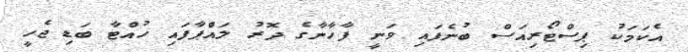
އެކަމަކު ޕިސްޓޯރިއަސް ބުނެފައި ވަނީ ފާހާނާގެ ދޮރު ލައްޕާފައި ހުއްޓާ ބަޑި ޖެހީ